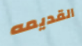
القديمه